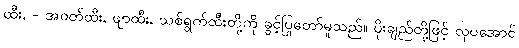
ထီး, - အဝတ်ထီး, ဖျာထီး, သစ်ရွက်ထီးတို့ကို ခွင့်ပြုတော်မူသည်။ ပိုးချည်တို့ဖြင့် လှပအောင်